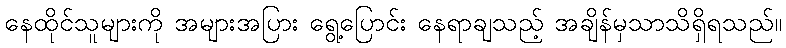
နေထိုင်သူများကို အများအပြား ရွေ့ပြောင်း နေရာချသည့် အချိန်မှသာသိရှိရသည်။